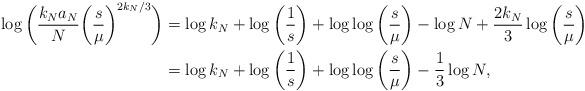
LaTeX: \begin{align*}\log \bigg(\frac{k_N a_N}{N} \bigg( \frac{s}{\mu} \bigg)^{2k_N/3} \bigg) &= \log k_N + \log \bigg( \frac{1}{s} \bigg) + \log \log \bigg( \frac{s}{\mu} \bigg) - \log N + \frac{2 k_N}{3} \log \bigg( \frac{s}{\mu} \bigg) \\&= \log k_N + \log \bigg( \frac{1}{s} \bigg) + \log \log \bigg( \frac{s}{\mu} \bigg) - \frac{1}{3} \log N,\end{align*}